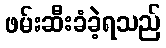
ဖမ်းဆီးခံခဲ့ရသည်